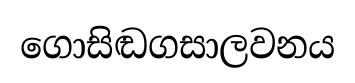
ගොසිඬගසාලවනය